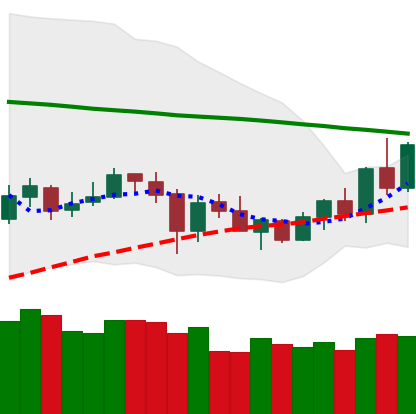
Ticker: XRP-USD
Chart end date: 2020-06-01
Forward return: -3.38%
Label: down_3_5